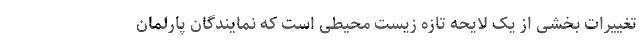
تغییرات بخشی از یک لایحه تازه زیست محیطی است که نمایندگان پارلمان